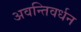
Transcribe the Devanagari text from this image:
अवन्तिवर्धन